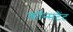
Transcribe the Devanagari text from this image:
कॉन्सटैंट